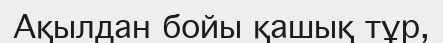
Ақылдан бойы қашық тұр,